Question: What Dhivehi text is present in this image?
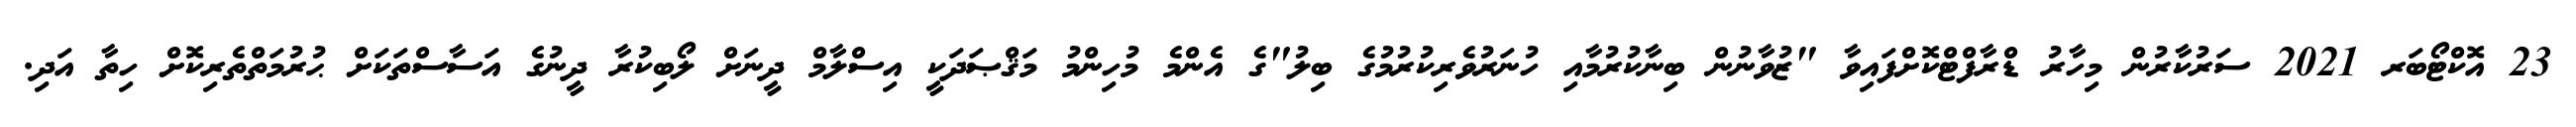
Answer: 23 އޮކްޓޯބަރ 2021 ސަރުކާރުން މިހާރު ޑްރާފްޓްކޮށްފައިވާ "ޒުވާނުން ބިނާކުރުމާއި ހުނަރުވެރިކުރުމުގެ ބިލު"ގެ އެންމެ މުހިންމު މަޤްޞަދަކީ އިސްލާމް ދީނަށް ލޯބިކުރާ ދީނުގެ އަސާސްތަކަށް ޙުރުމަތްތެރިކޮށް ހިތާ އަދި.